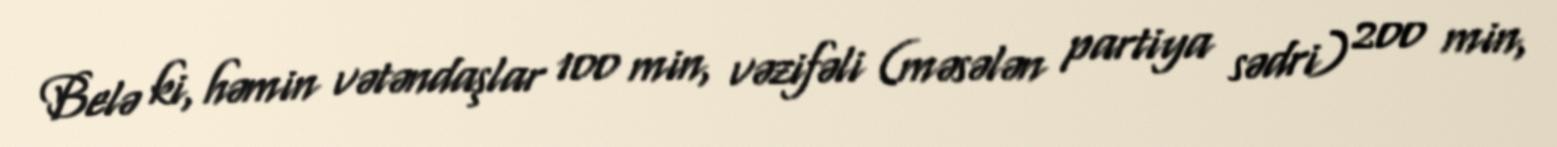
Belə ki, həmin vətəndaşlar 100 min, vəzifəli (məsələn partiya sədri) 200 min,